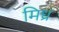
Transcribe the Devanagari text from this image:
मिध्र